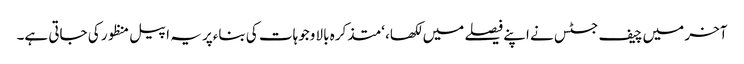
آخر میں چیف جسٹس نے اپنے فیصلے میں لکھا، ‘متذکرہ بالا وجوہات کی بناءپر یہ اپیل منظور کی جاتی ہے۔